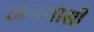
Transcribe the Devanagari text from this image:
जनवासी